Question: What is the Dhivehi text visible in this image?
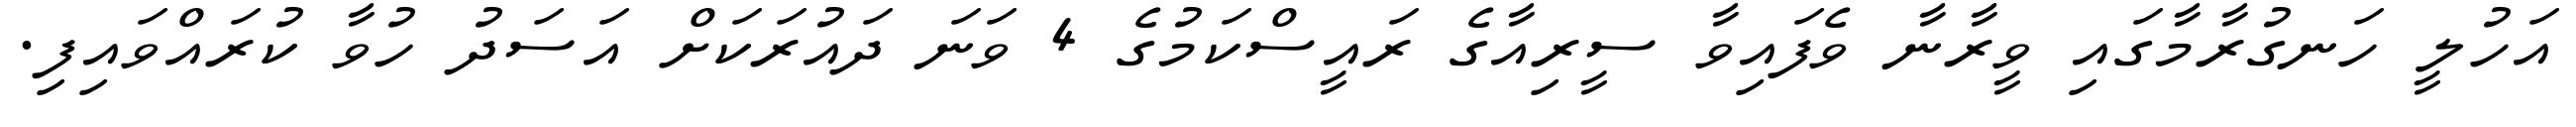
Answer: އަހުލީ ހަނގުރާމާގައި ވީރާނާ ވެފައިވާ ސީރިއާގެ ރައީސްކަމުގެ 4 ވަނަ ދައުރަކަށް އަސަދު ހުވާ ކުރައްވައިފި.